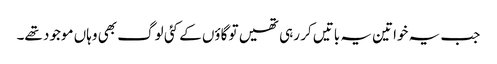
جب یہ خواتین یہ باتیں کر رہی تھیں تو گاؤں کے کئی لوگ بھی وہاں موجود تھے۔